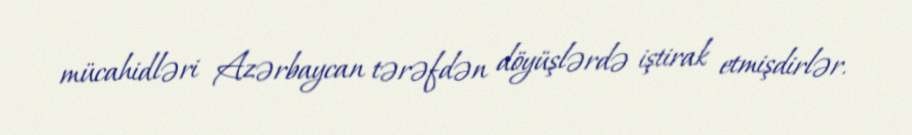
mücahidləri Azərbaycan tərəfdən döyüşlərdə iştirak etmişdirlər.